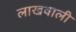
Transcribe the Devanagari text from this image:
लाखवाली